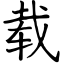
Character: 载